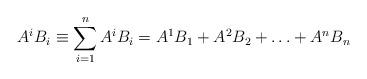
LaTeX: \begin{align*}A^{i}B_{i}\equiv\sum_{i=1}^{n}A^{i}B_{i}=A^{1}B_{1}+A^{2}B_{2}+\ldots+A^{n}B_{n}\end{align*}